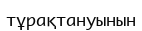
тұрақтануынын